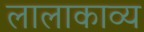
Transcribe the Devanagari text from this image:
लालाकाव्य